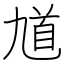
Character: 馗